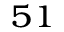
^ { 5 1 }